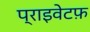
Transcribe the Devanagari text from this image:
प्राइवेटफ़